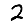
Digit: 2